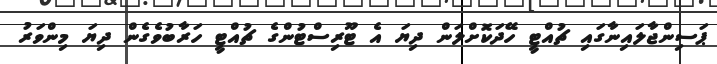
ޕަސިންޖާލައިނާގައި ޗުއްޓީ ހޭދަކޮށްލަން ދިޔަ އެ ޓޫރިސްޓުންގެ ޗުއްޓީ ހަރާބުވެގެން ދިޔަ މިންވަރު